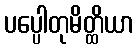
ပပ္ပေါတုမိတ္ထိယာ